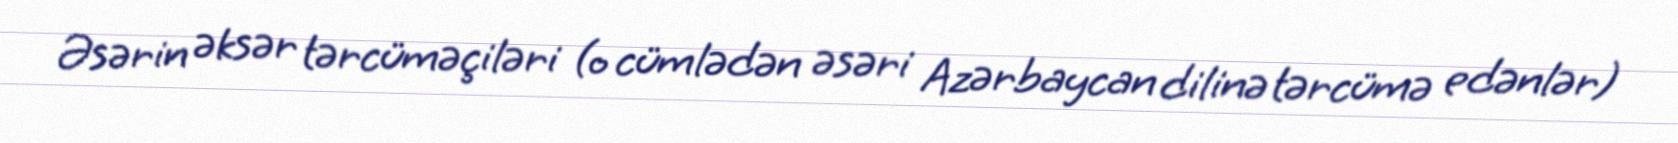
Əsərin əksər tərcüməçiləri (o cümlədən əsəri Azərbaycan dilinə tərcümə edənlər)